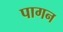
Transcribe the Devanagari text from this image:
पागन